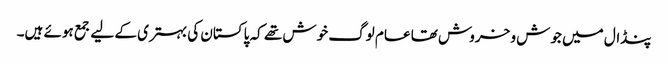
پنڈال میں جوش و خروش تھا عام لوگ خوش تھے کہ پاکستان کی بہتری کے لیے جمع ہوئے ہیں۔